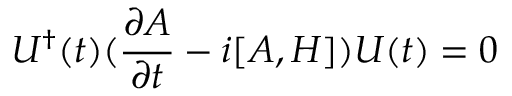
U ^ { \dagger } ( t ) ( { \frac { \partial A } { \partial t } } - i [ A , H ] ) U ( t ) = 0 \nonumber